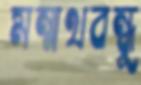
মন্মথবন্ধুু